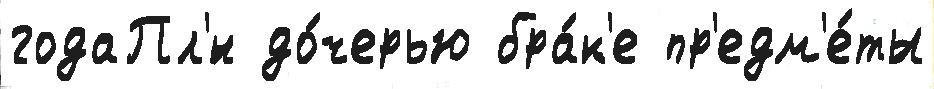
годаПл'́н до́черью бра́к'е пр'едм'е́ты